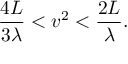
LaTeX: \frac { 4 L } { 3 \lambda } < v ^ { 2 } < \frac { 2 L } \lambda .